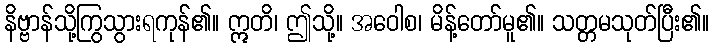
နိဗ္ဗာန်သို့ကြွသွားရကုန်၏။ ဣတိ၊ ဤသို့။ အဝေါစ၊ မိန့်တော်မူ၏။ သတ္တမသုတ်ပြီး၏။